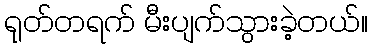
ရုတ်တရက် မီးပျက်သွားခဲ့တယ်။